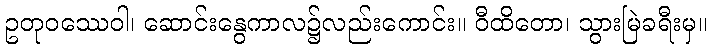
ဥတုဝဿေဝါ၊ ဆောင်းနွေကာလ၌လည်းကောင်း။ ဝီထိတော၊ သွားမြဲခရီးမှ။